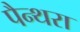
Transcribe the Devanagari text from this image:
पैन्थरा